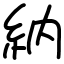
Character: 納